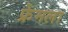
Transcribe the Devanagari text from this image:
फ्रेमला